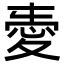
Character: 𢜤